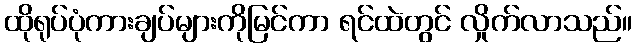
ထိုရုပ်ပုံကားချပ်များကိုမြင်ကာ ရင်ထဲတွင် လှိုက်လာသည်။